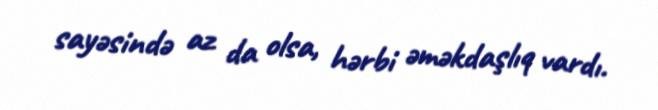
sayəsində az da olsa, hərbi əməkdaşlıq vardı.